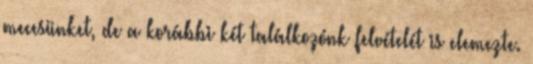
meccsünket, de a korábbi két találkozónk felvételét is elemezte.